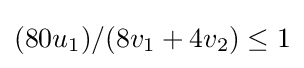
(80u_{1})/(8v_{1}+4v_{2})\leq 1